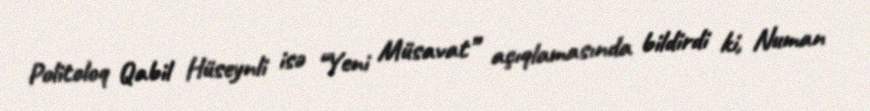
Politoloq Qabil Hüseynli isə “Yeni Müsavat” açıqlamasında bildirdi ki, Numan